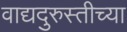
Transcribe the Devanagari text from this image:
वाद्यदुरुस्तीच्या